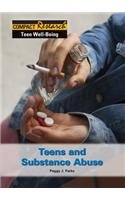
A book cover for Teens and Substance Abuse (Compact Research: Teen Well-Being); Peggy J. Parks; Teen & Young Adult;